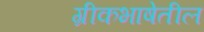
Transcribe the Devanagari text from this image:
ग्रीकभाषेतील